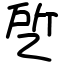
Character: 乺